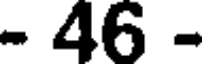
- 46 -